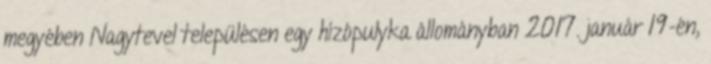
megyében Nagytevel településen egy hízópulyka állományban 2017. január 19-én,